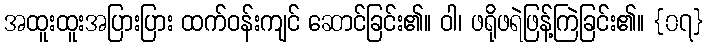
အထူးထူးအပြားပြား ထက်ဝန်းကျင် ဆောင်ခြင်း၏။ ဝါ၊ ဖရိုဖရဲဖြန့်ကြဲခြင်း၏။ {၀၇}